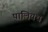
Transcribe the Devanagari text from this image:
पालियथ